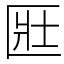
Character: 匨